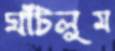
ঘাঁটলুম